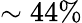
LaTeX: \sim 44\%